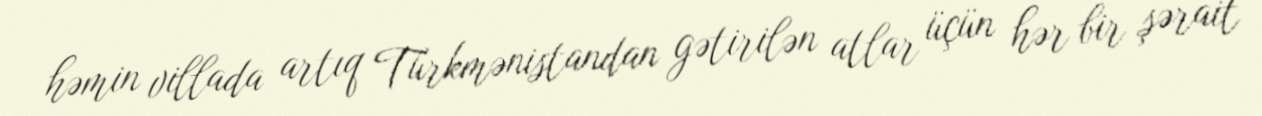
həmin villada artıq Türkmənistandan gətirilən atlar üçün hər bir şərait